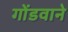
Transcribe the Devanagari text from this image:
गोंडवाने